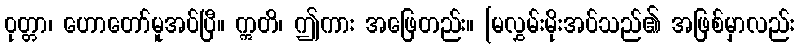
ဝုတ္တာ၊ ဟောတော်မူအပ်ပြီ။ ဣတိ၊ ဤကား အဖြေတည်း။ [မလွှမ်းမိုးအပ်သည်၏ အဖြစ်မှာလည်း